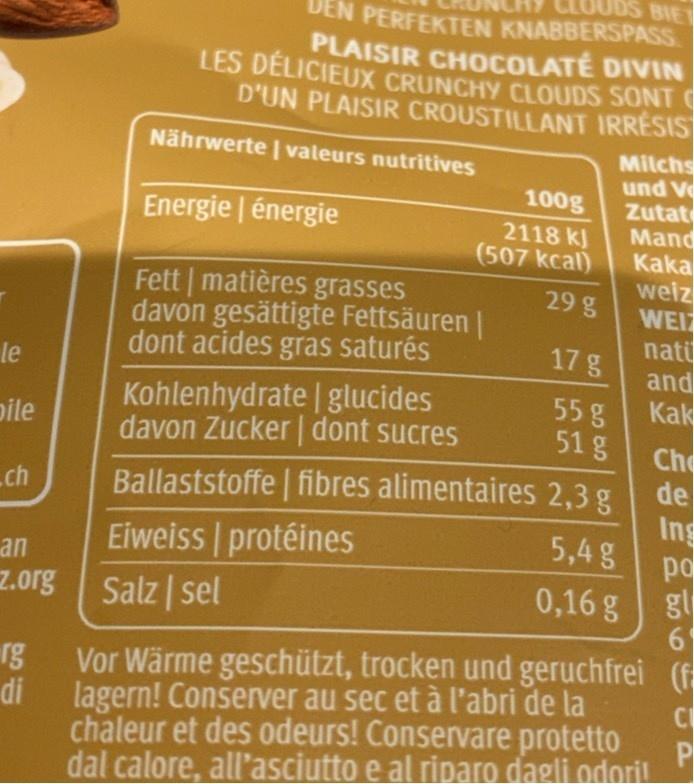
CLOUDS BIET DEN PERFEKTEN KNABBERSPASS
PLAISIR CHOCOLATE DIVIN LES DÉLICIEUX CRUNCHY CLOUDS SONT
D'UN PLAISIR CROUSTILLANT IRRÉSIS
Nährwerte | valeurs nutritives
Milchs und V Zutat Mand Kaka weiz WEI nati and Kak
100g
Energie | énergie
2118 kJ (507 kcal)
Fett | matières grasses davon gesättigte Fettsäuren | dont acides gras saturés
29 g
17 g
le
Kohlenhydrate | glucides davon Zucker | dont sucres
55 g 51 g
pile
Ch de
Ballaststoffe | fibres alimentaires 2,3 g Ing 5,4 g
ch
Eiweiss protéines
po gl
an
z.org
Salz | sel
0,16 g
Vor Wärme geschützt, trocken und geruchfrei (f di
rg
lagern! Conserver au sec et à l'abri de la chaleur et des odeurs! Conservare protetto dal calore, all'asciutto e al riparo dagli odori!
P